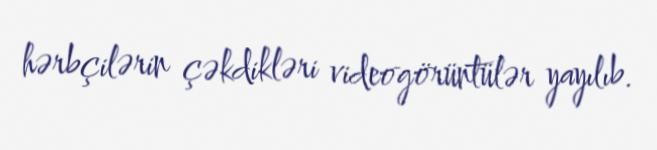
hərbçilərin çəkdikləri videogörüntülər yayılıb.